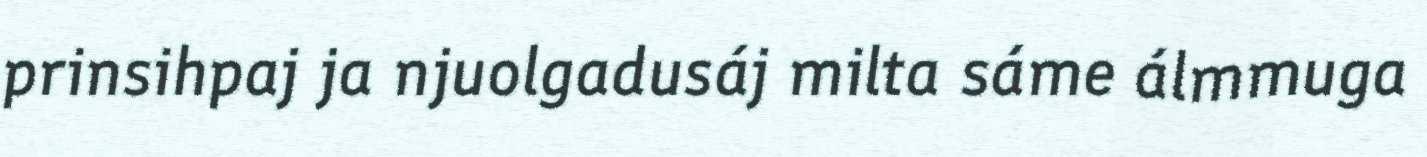
prinsihpaj ja njuolgadusáj milta sáme álmmuga